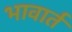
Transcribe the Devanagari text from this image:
भावार्त